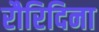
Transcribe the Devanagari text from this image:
रौरिदिना